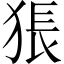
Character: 𤟔